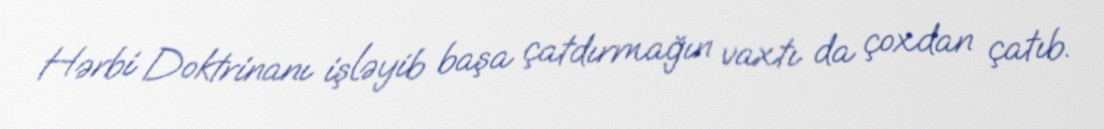
Hərbi Doktrinanı işləyib başa çatdırmağın vaxtı da çoxdan çatıb.